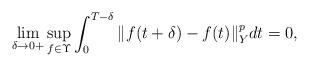
LaTeX: \begin{align*}\lim_{\delta\rightarrow 0+} \sup_{f\in\Upsilon} \int_0^{T-\delta} \Vert f(t+\delta) - f(t) \Vert_Y^p dt = 0 ,\end{align*}